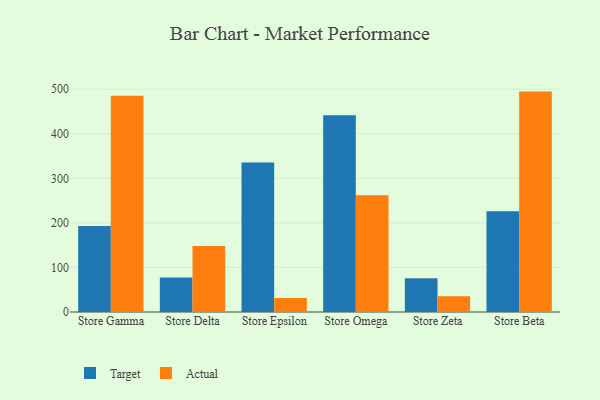
{"axis": {"x": "Store", "y": "Headcount"}, "legend": ["Actual", "Target"], "data": [{"x": "Store Gamma", "y": 192.8, "type": "Target"}, {"x": "Store Gamma", "y": 485.3, "type": "Actual"}, {"x": "Store Delta", "y": 77.4, "type": "Target"}, {"x": "Store Delta", "y": 148.3, "type": "Actual"}, {"x": "Store Epsilon", "y": 335.8, "type": "Target"}, {"x": "Store Epsilon", "y": 31.3, "type": "Actual"}, {"x": "Store Omega", "y": 441.7, "type": "Target"}, {"x": "Store Omega", "y": 262.1, "type": "Actual"}, {"x": "Store Zeta", "y": 75.9, "type": "Target"}, {"x": "Store Zeta", "y": 35.3, "type": "Actual"}, {"x": "Store Beta", "y": 226.4, "type": "Target"}, {"x": "Store Beta", "y": 494.7, "type": "Actual"}]}